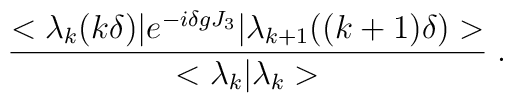
\frac{<\lambda_k (k \delta)| e^{- i \delta g J_3}|\lambda_{k + 1} ( (k + 1) \delta) >}{<\lambda_k | \lambda_k>} \; .